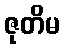
ဇုတိမ